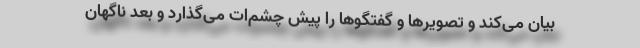
بیان می‌کند و تصویرها و گفتگوها را پیش چشم‌ات می‌گذارد و بعد ناگهان